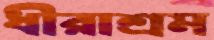
ধীরাশ্রম